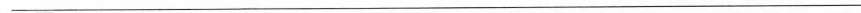
___